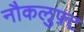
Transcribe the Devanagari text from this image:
नौकलुफ़्ट